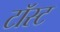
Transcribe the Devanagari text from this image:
टॉस्ट